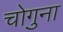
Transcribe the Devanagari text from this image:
चोगुना